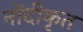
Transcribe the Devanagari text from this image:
नोंदीकृत